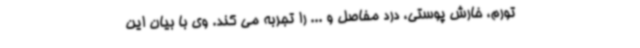
تورم، خارش پوستی، درد مفاصل و ... را تجربه می کند. وی با بیان این